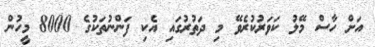
އަށް ހާސް މޭލު ކަވަރުކުރެވޭ މި ދަތުރުގައި އެކި ފަންނުތަކުގެ 8000 މީހުން